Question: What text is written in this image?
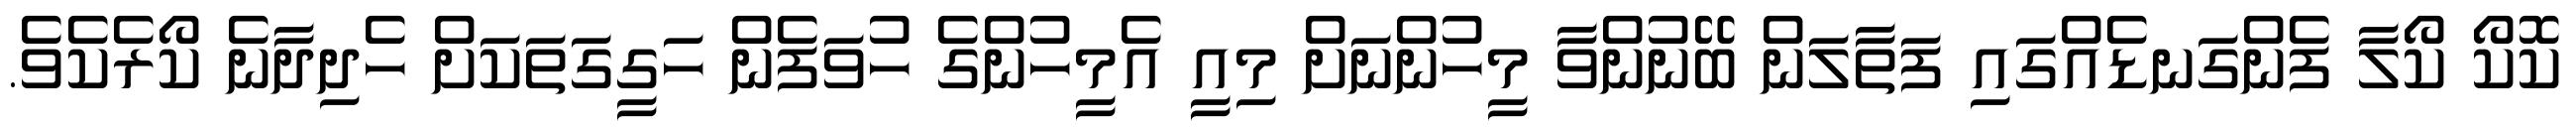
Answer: ކޮކޯ ކޯލާ ފެންގަނޑެއްގައި ފަތާލަން ބޭނުންވާ މީހުންނަށް މިއީ އެމީހުންގެ ހުވަފެން ހަގީގަތަކަށް ހެދިދާނެ ކޯރެކެވެ.